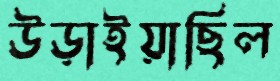
উড়াইয়াছিল